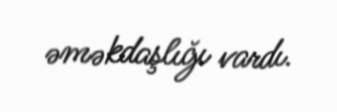
əməkdaşlığı vardı.